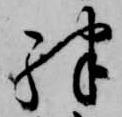
殊